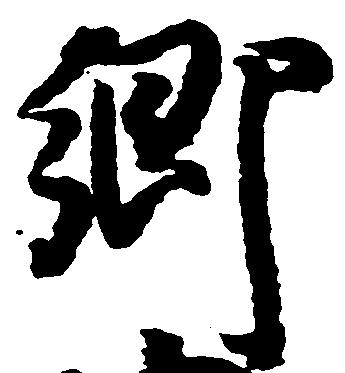
郷